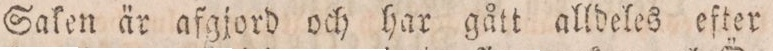
Saken är afgjord och har gått alldeles efter